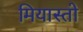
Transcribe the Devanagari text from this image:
मियास्तो